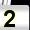
Digit: 2